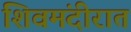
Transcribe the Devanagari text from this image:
शिवमंदीरात